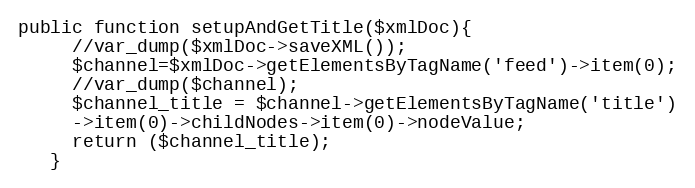
Language: PHP
public function setupAndGetTitle($xmlDoc){
     //var_dump($xmlDoc->saveXML());
     $channel=$xmlDoc->getElementsByTagName('feed')->item(0);
     //var_dump($channel);
     $channel_title = $channel->getElementsByTagName('title')
     ->item(0)->childNodes->item(0)->nodeValue;
     return ($channel_title);
   }